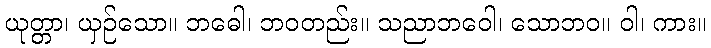
ယုတ္တာ၊ ယှဉ်သော။ ဘဓေါ၊ ဘဝတည်း။ သညာဘဝေါ၊ သောဘဝ။ ဝါ၊ ကား။